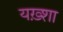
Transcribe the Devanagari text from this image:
यख़्शा